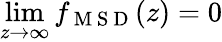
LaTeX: \operatorname*{lim}_{z\to\infty}f_{\mathrm{~M~S~D~}}(z)=0